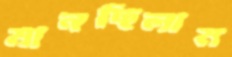
মানছিলাম